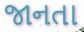
જાનતા